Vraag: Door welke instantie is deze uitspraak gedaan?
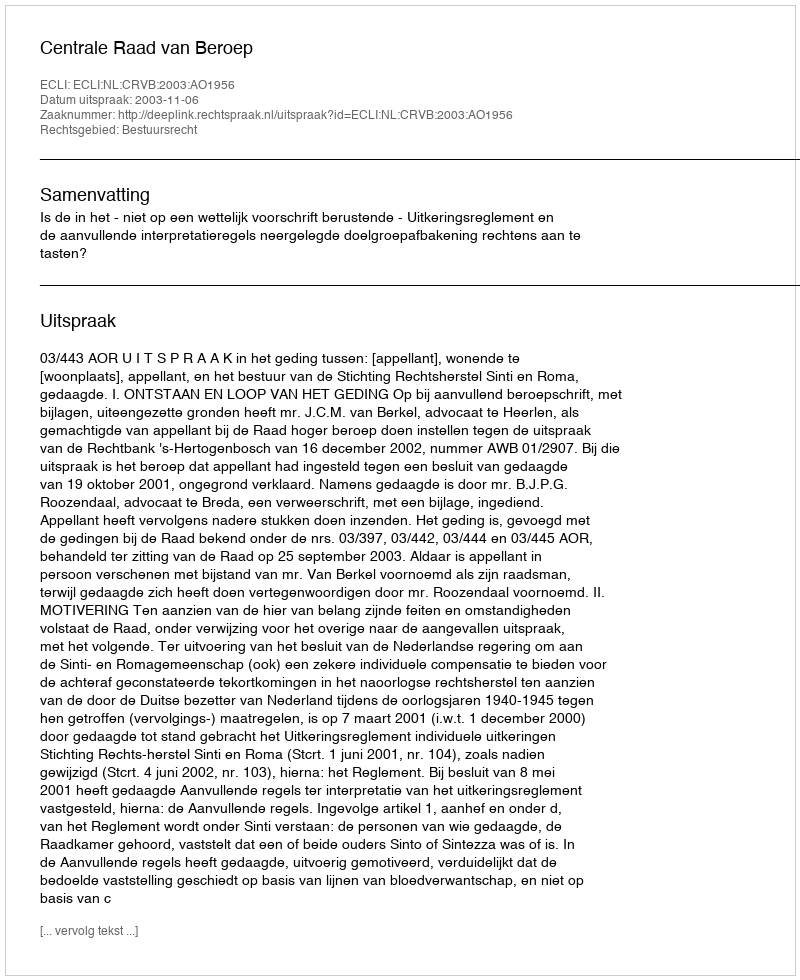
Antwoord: Centrale Raad van Beroep